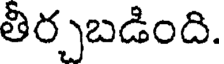
తీర్చబడింది.